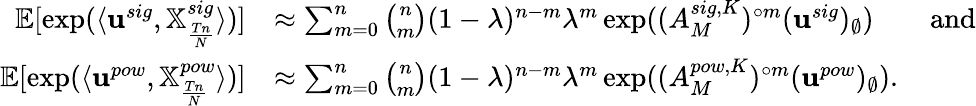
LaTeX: \begin{array}{rl}{{\mathbb E}[\exp(\langle\mathbf u^{sig},{\mathbb X}_{\frac{Tn}N}^{sig}\rangle)]}&{\approx\sum_{m=0}^{n}\binom nm(1-\lambda)^{n-m}\lambda^{m}\exp((A_{M}^{sig,K})^{\circ m}(\mathbf u^{sig})_{\emptyset})\qquad\mathrm{and}}\\ {{\mathbb E}[\exp(\langle\mathbf u^{pow},{\mathbb X}_{\frac{Tn}N}^{pow}\rangle)]}&{\approx\sum_{m=0}^{n}\binom nm(1-\lambda)^{n-m}\lambda^{m}\exp((A_{M}^{pow,K})^{\circ m}(\mathbf u^{pow})_{\emptyset}).}\end{array}